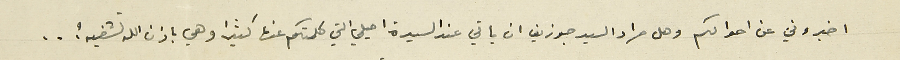
اخبروني عن احوالكم وهل مراد السيد جوزيف ان ياتي عند السيدة اميلي التي كلمتكم عنها كثيرا وهي باذن الله تشفيه ؟ ..